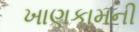
ખાણકામની